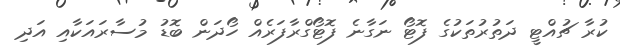
ކުރާ ޗުއްޓީ ދަތުރުތަކުގެ ފޮޓޯ ނަގާނެ ފޮޓޯގްރާފަރެއް ހޯދަން ބޮޑު މުސާރައަކާއި އަދި